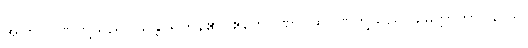
အကြင်ဂုဏ်တို့သည်။ သန္တိ၊ ရှိကုန်၏။ ဧတေဂုဏာ၊ ထိုဂုဏ်တို့သည်။ မေတ္တာဘာဝနာယ၊